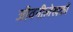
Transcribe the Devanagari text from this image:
जीवनीलेखकों